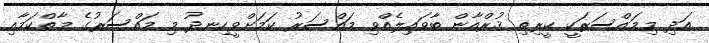
އަދި މިމައްސަރަކީ ކީރިތި ޤުރްއާން ބާވައިލެއްވި މައްސަރު ކަމަށްވީހިނދު މި މައްސަރުގެ މާތްކަމާއި